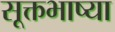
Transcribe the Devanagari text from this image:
सूक्तभाष्या